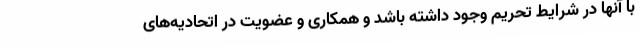
با آنها در شرایط تحریم وجود داشته باشد و همکاری و عضویت در اتحادیه‌های